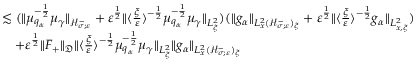
\begin{array} { r l } & { \lesssim ( \| \mu _ { q _ { \alpha } } ^ { - \frac { 1 } { 2 } } \mu _ { \gamma } \| _ { \mathcal H _ { \sigma ; \varepsilon } ^ { - } } + \varepsilon ^ { \frac { 1 } { 2 } } \| \langle \frac { \xi } { \varepsilon } \rangle ^ { - \frac { 1 } { 2 } } \mu _ { q _ { \alpha } } ^ { - \frac { 1 } { 2 } } \mu _ { \gamma } \| _ { L _ { \xi } ^ { 2 } } ) ( \| g _ { \alpha } \| _ { L _ { x } ^ { 2 } ( \mathcal H _ { \sigma ; \varepsilon } ^ { - } ) _ { \xi } } + \varepsilon ^ { \frac { 1 } { 2 } } \| \langle \frac { \xi } { \varepsilon } \rangle ^ { - \frac { 1 } { 2 } } g _ { \alpha } \| _ { L _ { x , \xi } ^ { 2 } } ) } \\ & { \quad + \varepsilon ^ { \frac { 1 } { 2 } } \| F _ { + } \| _ { \mathfrak D } \| \langle \frac { \xi } { \varepsilon } \rangle ^ { - \frac { 1 } { 2 } } \mu _ { q _ { \alpha } } ^ { - \frac { 1 } { 2 } } \mu _ { \gamma } \| _ { L _ { \xi } ^ { 2 } } \| g _ { \alpha } \| _ { L _ { x } ^ { 2 } ( \mathcal H _ { \sigma ; \varepsilon } ^ { - } ) _ { \xi } } } \end{array}